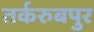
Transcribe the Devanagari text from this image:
तर्करुबपुर